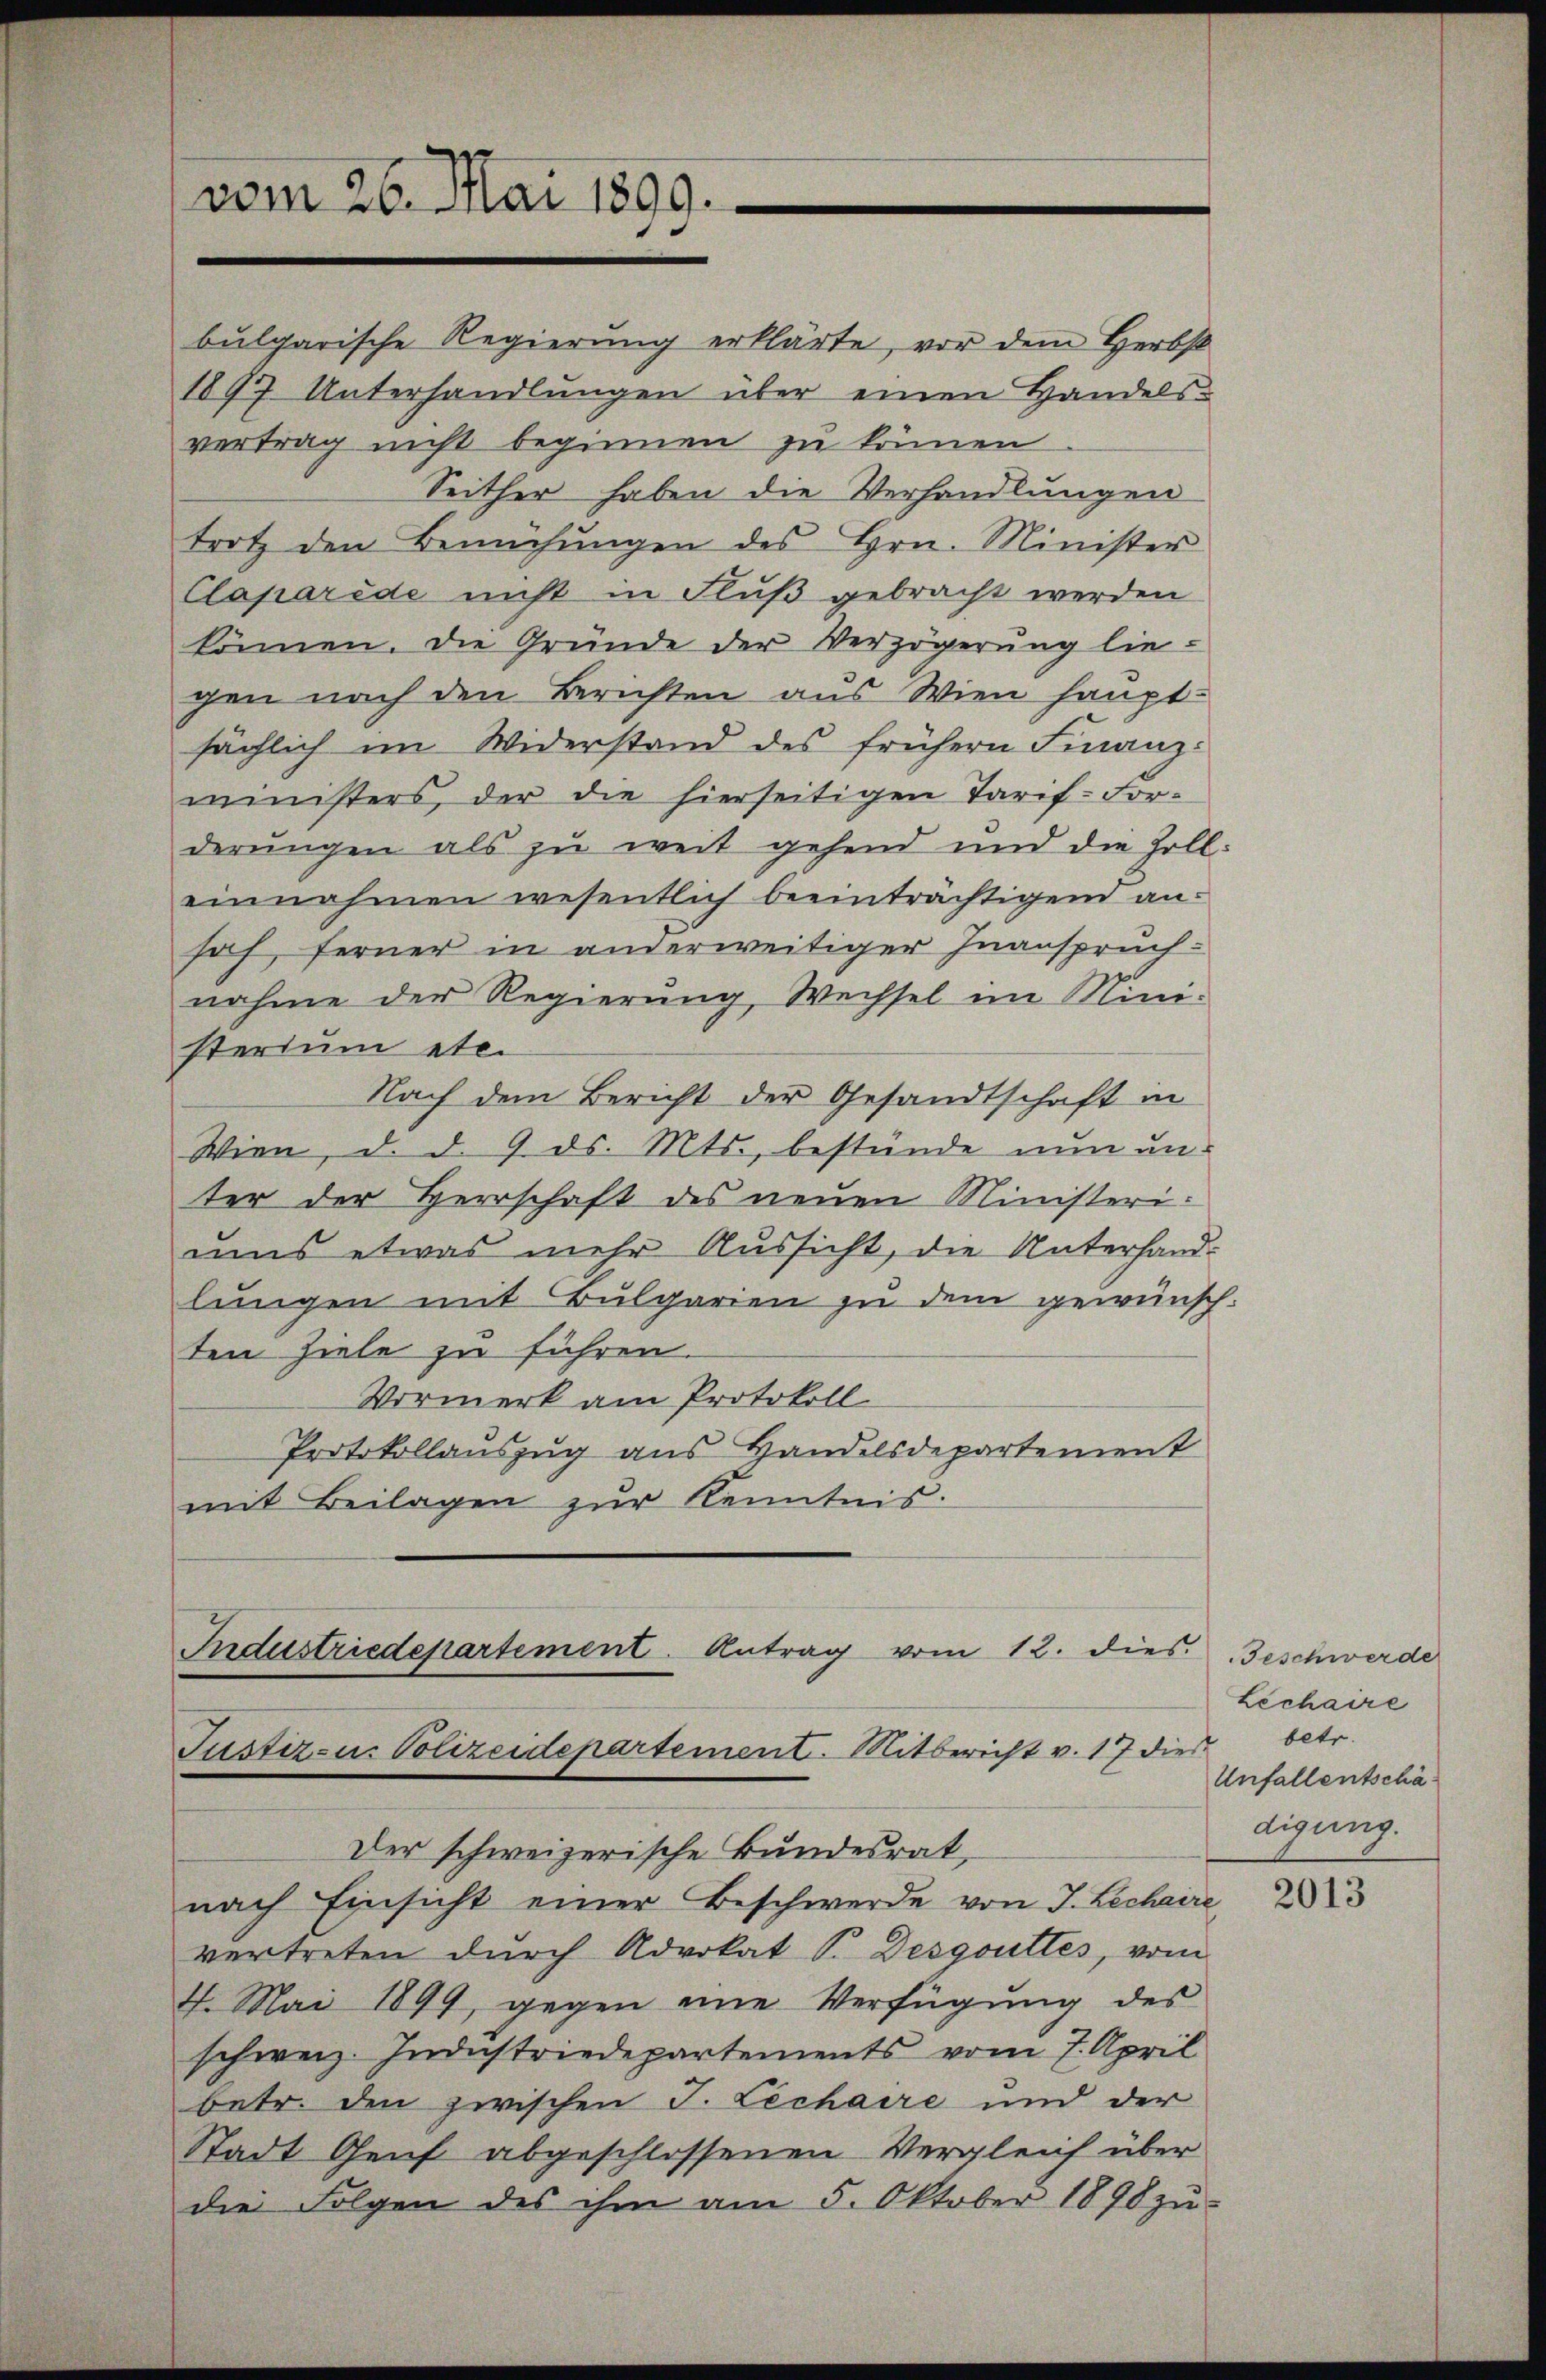
vom 26. Mai 1899.

bulgarische Regierung erklärte, vor dem Herbst
1897. Unterhandlŭngen über einen Handels-
vertrag nicht beginnen zu können
Seither haben die Verhandlungen
trotz den Bemühŭngen des Hrn. Minister
Claparede nicht in Fluß gebracht werden
können. Die Gründe der Verzögerung liegen nach den Berichten aus Wien hauptsächlich im Widerstand des frühern Finanz-
ministers, der die hierseitigen Tarif-For-
derŭngen als zu weit gehend und die Zoll-
einnahmen wesentlich beeinträchtigend anhof, ferner in anderweitiger Inanspruchnahme der Regierung, Wechsel im Mini-
sterium etc.
Nach dem Bericht der Gesandtschaft in
Wien, d. d. 9. ds. Mts., bestände nun unter der Herrschaft des neuen Ministeriuus etwas mehr Aussicht, die Unterhandlungen mit Bulgarien zu dem gewünsch-
ten Ziele zu führen.
Vormerk am Protokoll
Protokollauszug aus Handelsdepartement
mit Beilagen zur Kenntnis.

Industriedepartement. Antrag vom 12. dies Geschwerde
Justiz- u. Polizeidepartement. Mitbericht v. 17 dies

Der schweizerische Bundesrat
nach Einsicht einer Beschwerde von J. Lechaire,
vertreten durch Advokat P. Desgouttes, vom
4. Mai 1899, gegen eine Verfügung des
schweiz. Industriedepartements vom 7. April
betr. den zwischen J. Lechaire und der
Stadt Genf abgeschlossenen Vergleich über
die Folgen des ihm am 5. Oktober 1890 zu-

Lechaire
betr.
Unfallentschädigung.

2013